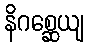
နိဂစ္ဆေယျ